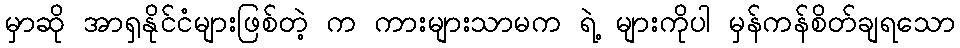
မှာဆို အာရှနိုင်ငံများဖြစ်တဲ့ က ကားများသာမက ရဲ့ များကိုပါ မှန်ကန်စိတ်ချရသော